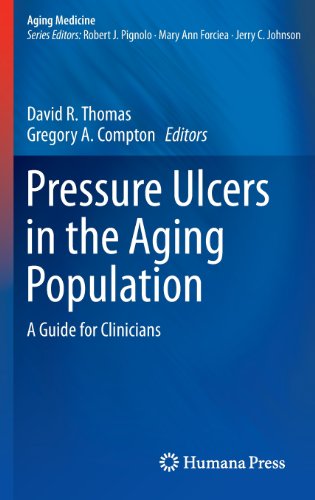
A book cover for Pressure Ulcers in the Aging Population: A Guide for Clinicians (Aging Medicine); Health, Fitness & Dieting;